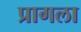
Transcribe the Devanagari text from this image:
प्रागला